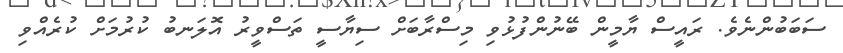
ސަބަބުންނެވެ. ރައީސް ޔާމީން ބޭނުންފުޅުވި މިސްރާބަށް ސިޔާސީ ތަސްވީރު އޮލަނބު ކުރުމަށް ކުރެއްވި